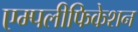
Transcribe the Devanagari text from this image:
एम्पलीफिकेशन